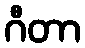
ဂီတာ